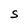
Character: S